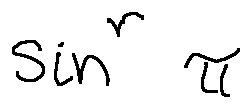
\sin ^ { r } \pi